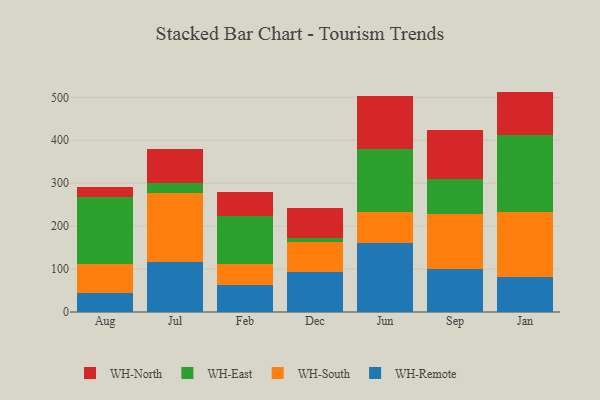
{"axis": {"x": "Month", "y": "Demand Index"}, "legend": ["WH-East", "WH-North", "WH-Remote", "WH-South"], "data": [{"x": "Aug", "y": 44.6, "type": "WH-Remote"}, {"x": "Aug", "y": 66.3, "type": "WH-South"}, {"x": "Aug", "y": 156.1, "type": "WH-East"}, {"x": "Aug", "y": 23.5, "type": "WH-North"}, {"x": "Jul", "y": 116.7, "type": "WH-Remote"}, {"x": "Jul", "y": 160.4, "type": "WH-South"}, {"x": "Jul", "y": 22.4, "type": "WH-East"}, {"x": "Jul", "y": 79.7, "type": "WH-North"}, {"x": "Feb", "y": 63.7, "type": "WH-Remote"}, {"x": "Feb", "y": 47.7, "type": "WH-South"}, {"x": "Feb", "y": 111.9, "type": "WH-East"}, {"x": "Feb", "y": 55.2, "type": "WH-North"}, {"x": "Dec", "y": 92.4, "type": "WH-Remote"}, {"x": "Dec", "y": 71.4, "type": "WH-South"}, {"x": "Dec", "y": 9.6, "type": "WH-East"}, {"x": "Dec", "y": 69.9, "type": "WH-North"}, {"x": "Jun", "y": 160.6, "type": "WH-Remote"}, {"x": "Jun", "y": 72.3, "type": "WH-South"}, {"x": "Jun", "y": 146.6, "type": "WH-East"}, {"x": "Jun", "y": 122.8, "type": "WH-North"}, {"x": "Sep", "y": 99.5, "type": "WH-Remote"}, {"x": "Sep", "y": 128.5, "type": "WH-South"}, {"x": "Sep", "y": 81.9, "type": "WH-East"}, {"x": "Sep", "y": 113.3, "type": "WH-North"}, {"x": "Jan", "y": 81.1, "type": "WH-Remote"}, {"x": "Jan", "y": 150.9, "type": "WH-South"}, {"x": "Jan", "y": 179.9, "type": "WH-East"}, {"x": "Jan", "y": 101.4, "type": "WH-North"}]}